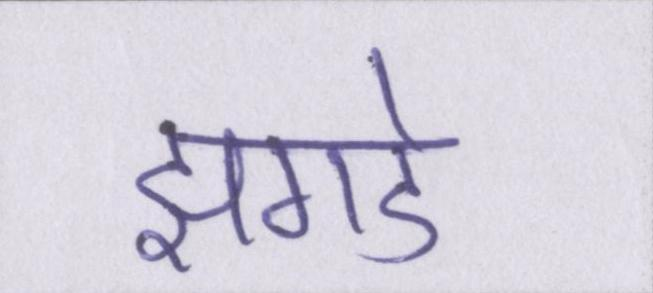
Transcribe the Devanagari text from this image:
झगडे